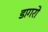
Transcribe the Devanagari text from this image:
डागरो